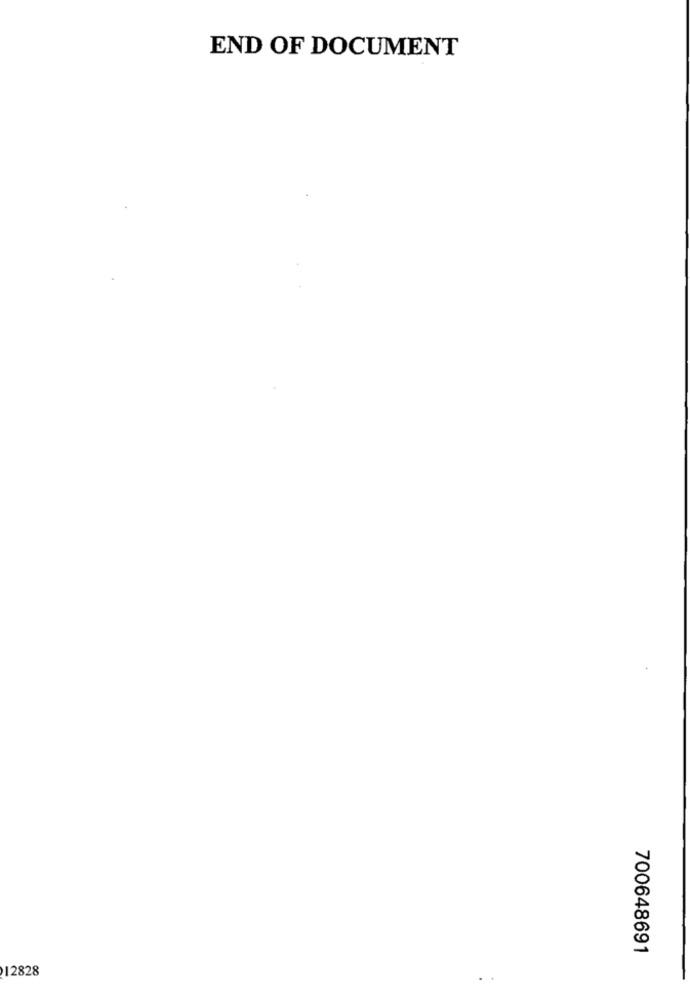
END OF DOCUMENT
700648691
12828